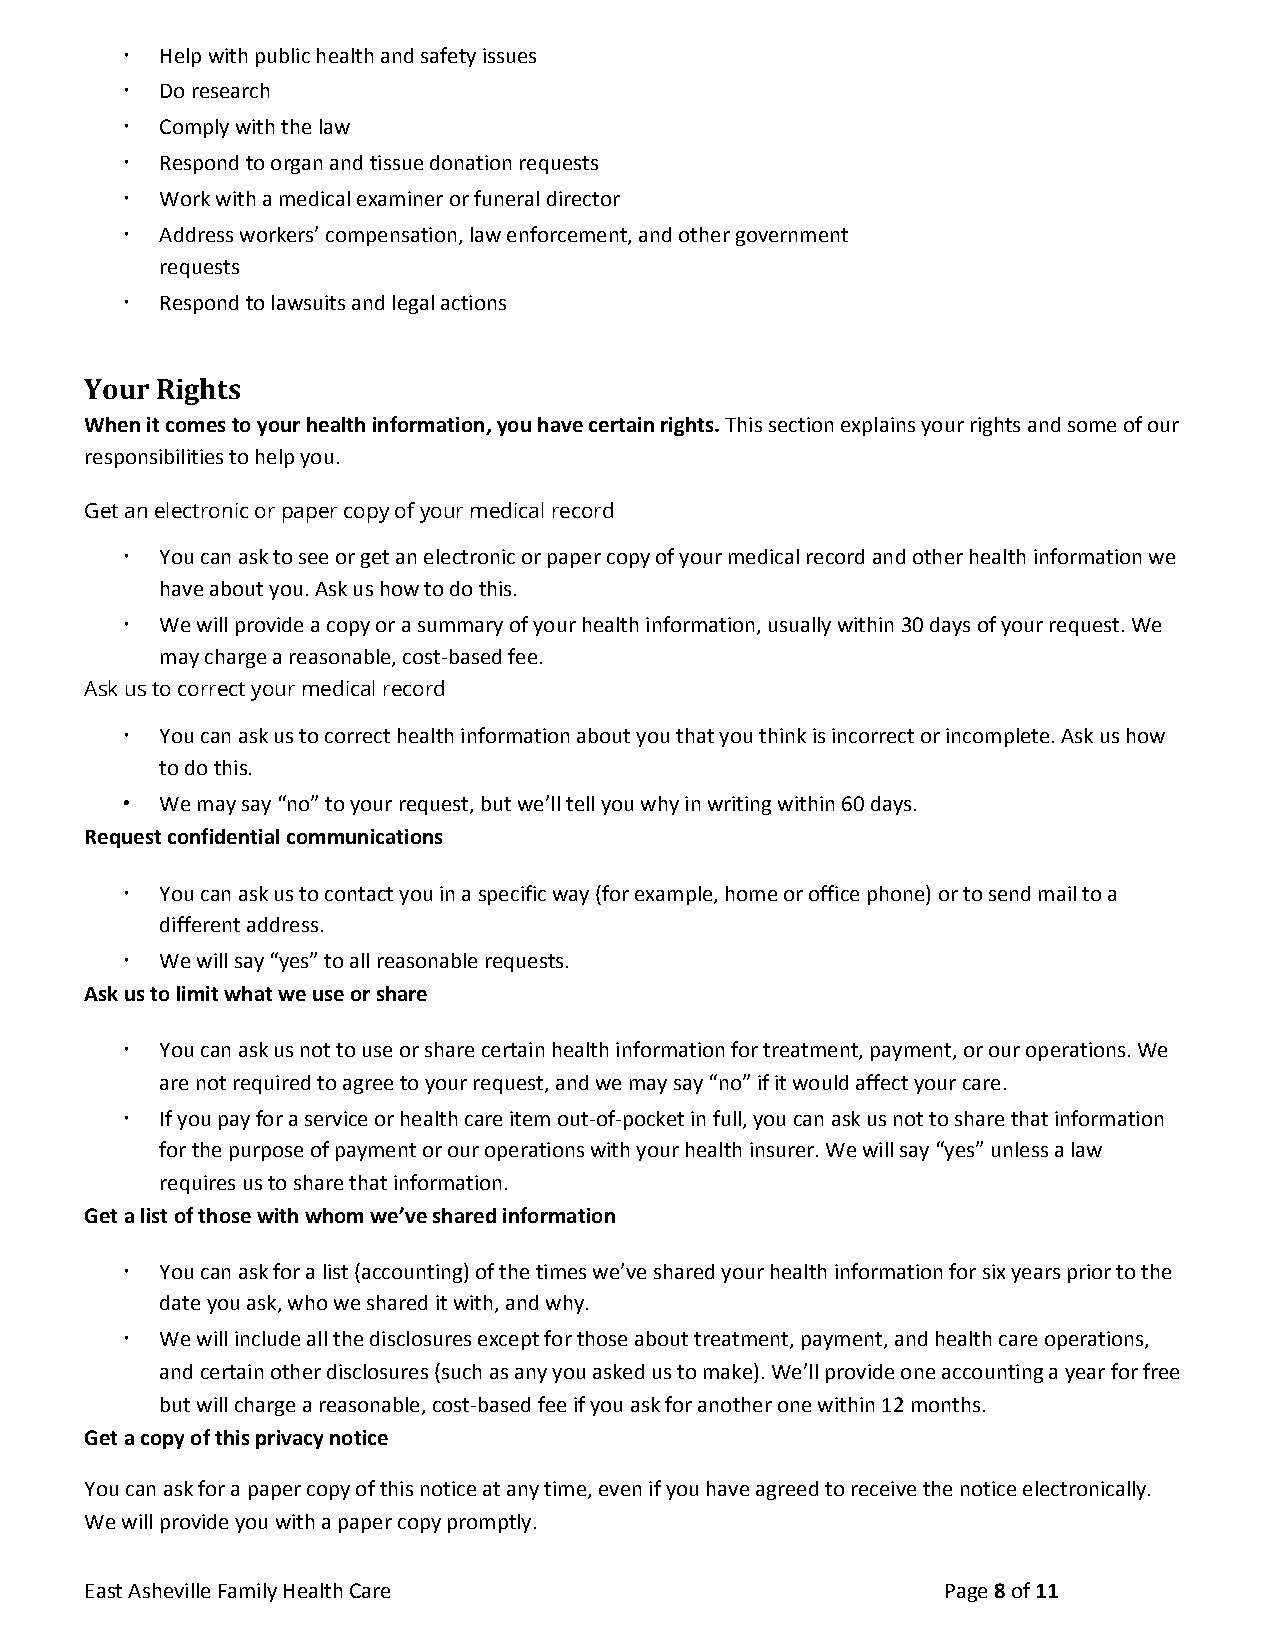
•  Help with public health and safety issues
 •  Do research
 •  Comply with the law
 •  Respond to organ and tissue donation requests
 •  Work with a medical examiner or funeral director
 •  Address workers’ compensation, law enforcement, and other government
 requests
 •  Respond to lawsuits and legal actions
 Your Rights
 When it comes to your health information, you have certain rights. This section explains your rights and some of our
 ​
 responsibilities to help you.
 Get an electronic or paper copy of your medical record
 •  You can ask to see or get an electronic or paper copy of your medical record and other health information we
 have about you. Ask us how to do this.
 •  We will provide a copy or a summary of your health information, usually within 30 days of your request. We
 may charge a reasonable, cost-based fee.
 Ask us to correct your medical record
 •  You can ask us to correct health information about you that you think is incorrect or incomplete. Ask us how
 to do this.
 •  We may say “no” to your request, but we’ll tell you why in writing within 60 days.
 Request confidential communications
 •  You can ask us to contact you in a specific way (for example, home or office phone) or to send mail to a
 different address.
 •  We will say “yes” to all reasonable requests.
 Ask us to limit what we use or share
 •  You can ask us not to use or share certain health information for treatment, payment, or our operations. We
 are not required to agree to your request, and we may say “no” if it would affect your care.
 •  If you pay for a service or health care item out-of-pocket in full, you can ask us not to share that information
 for the purpose of payment or our operations with your health insurer. We will say “yes” unless a law
 requires us to share that information.
 Get a list of those with whom we’ve shared information
 •  You can ask for a list (accounting) of the times we’ve shared your health information for six years prior to the
 date you ask, who we shared it with, and why.
 •  We will include all the disclosures except for those about treatment, payment, and health care operations,
 and certain other disclosures (such as any you asked us to make). We’ll provide one accounting a year for free
 but will charge a reasonable, cost-based fee if you ask for another one within 12 months.
 Get a copy of this privacy notice
 You can ask for a paper copy of this notice at any time, even if you have agreed to receive the notice electronically.
 We will provide you with a paper copy promptly.
 East Asheville Family Health Care                       Page 8 of 11
 ​ ​ ​